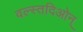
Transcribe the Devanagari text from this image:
वल्स्तदिओन्